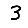
Digit: 3